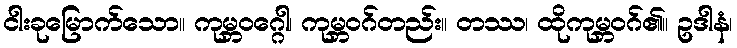
ငါးခုမြောက်သော။ ကုမ္ဘဝဂ္ဂေါ၊ ကုမ္ဘဝဂ်တည်း။ တဿ၊ ထိုကုမ္ဘဝဂ်၏။ ဥဒါနံ၊